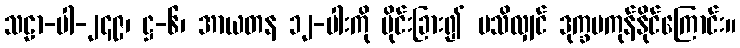
သဠာ-ပါ-၂၄၉၊ ဋ္ဌ-၆၊ အာယတန ၁၂-ပါးကို ပိုင်းခြား၍ မသိလျှင် ဒုက္ခမကုန်နိုင်ကြောင်း။